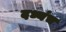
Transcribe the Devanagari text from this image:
दध्यंच